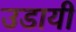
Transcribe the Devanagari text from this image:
उडायी